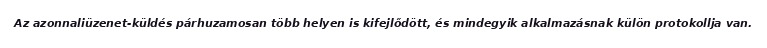
Az azonnaliüzenet-küldés párhuzamosan több helyen is kifejlődött, és mindegyik alkalmazásnak külön protokollja van.